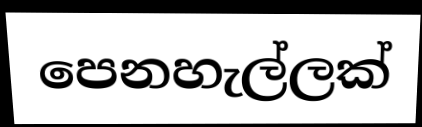
පෙනහැල්ලක්